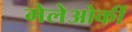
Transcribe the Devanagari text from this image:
मेलेओर्की